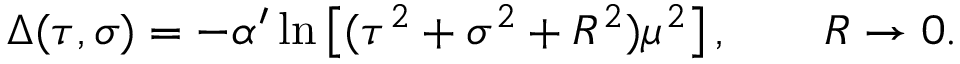
\Delta ( \tau , \sigma ) = - \alpha ^ { \prime } \ln \left[ ( \tau ^ { 2 } + \sigma ^ { 2 } + R ^ { 2 } ) \mu ^ { 2 } \right] , \qquad R \rightarrow 0 .